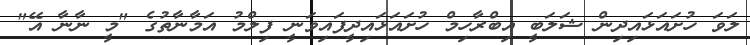
ލަވަ ހުށައަޅައިދިން ޝަލަބީ އިބްރާހިމް ހުށައަޅައިދީފައިވަނީ ފިލްމު އަމާނާތުގެ "މީ ނާނާ އޭ"